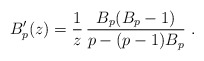
\begin{align*}B_p'(z) = \frac1z\, \frac{B_p(B_p-1)}{p-(p-1)B_p} \ .\end{align*}